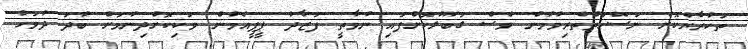
ތަކުރާރުކޮށް ނަސޭހަތްތެރިވުމުން ވެސް ގަބޫލުކޮށްފައި ނުވާތީ ފަޒާދު ޕީޕީއެމުން ވަކިކޮށްދިނުމަށް ބުދަ ދުވަހު